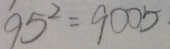
9 5 ^ { 2 } = 9 0 0 5 \cdot